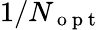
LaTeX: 1/N_{\mathrm{~o~p~t~}}